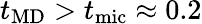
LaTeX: t_{\mathrm{MD}}>t_{\mathrm{mic}}\approx 0.2